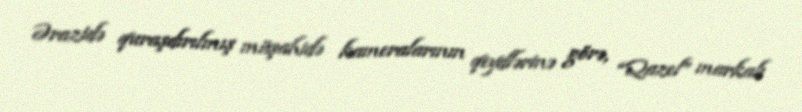
Ərazidə quraşdırılmış müşahidə kameralarının qeydlərinə görə, “Qazel” markalı